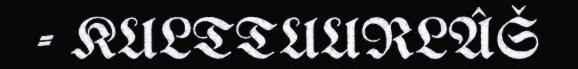
- KULTTUURLÂŠ